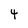
Character: 4